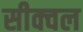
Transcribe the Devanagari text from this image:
सीक्‍वल